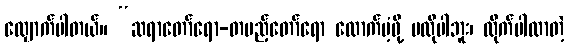
လျှောက်ပါတယ်။ “ဆရာတော်ရော-တပည့်တော်ရော ထောက်ပံ့ဖို့ မလိုပါဘူး၊ လိုက်ပါလာတဲ့